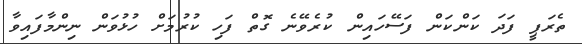
ތެރަޕީ ފަދަ ކަންކަން ފަސޭހައިން ކުރެވޭނެ ގޮތް ފަހި ކުރުމަށް ހުޅުވަން ނިންމާފައިވާ